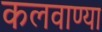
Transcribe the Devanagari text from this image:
कलवाण्या